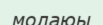
молаюы